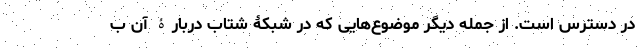
در دسترس است. از جمله دیگر موضوع‌هایی که در شبکۀ شتاب دربارۀ آن ب